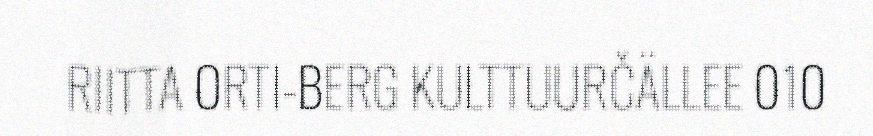
RIITTA ORTI-BERG KULTTUURČÄLLEE 010